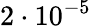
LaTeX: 2\cdot 10^{-5}